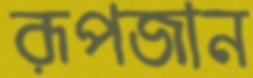
রূপজান